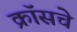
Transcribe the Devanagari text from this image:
क्रॉसचे